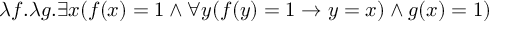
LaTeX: \lambda f . \lambda g . \exists x ( f ( x ) = 1 \land \forall y ( f ( y ) = 1 \rightarrow y = x ) \land g ( x ) = 1 )